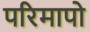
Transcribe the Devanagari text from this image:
परिमापो